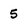
Character: 5